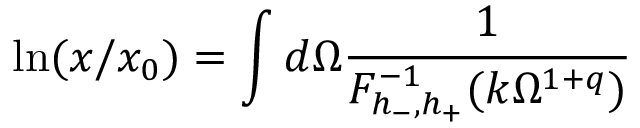
\ln ( x / x _ { 0 } ) = \int d \Omega \frac { 1 } { F _ { h _ { - } , h _ { + } } ^ { - 1 } ( k \Omega ^ { 1 + q } ) }